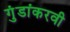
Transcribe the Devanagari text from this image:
गुंडांकरवी